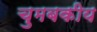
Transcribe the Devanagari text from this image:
चुमबकीय